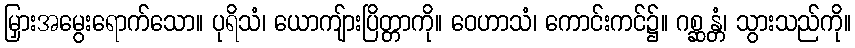
မြှားအမွေးရောက်သော။ ပုရိသံ၊ ယောကျ်ားပြိတ္တာကို။ ဝေဟာသံ၊ ကောင်းကင်၌။ ဂစ္ဆန္တံ၊ သွားသည်ကို။